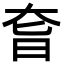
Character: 㚛